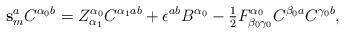
LaTeX: \begin{align*}\mathbf{s}_m^a C^{\alpha_0 b} = Z^{\alpha_0}_{\alpha_1} C^{\alpha_1 ab} +\epsilon^{ab} B^{\alpha_0} -\hbox{$\frac{1}{2}$} F^{\alpha_0}_{\beta_0 \gamma_0} C^{\beta_0 a} C^{\gamma_0 b},\end{align*}